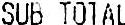
SUB TOTAL